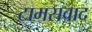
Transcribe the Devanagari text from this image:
टामसवाद